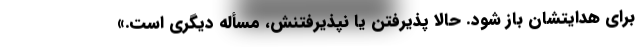
برای هدایتشان باز شود. حالا پذیرفتن یا نپذیرفتنش، مسأله دیگری است.»